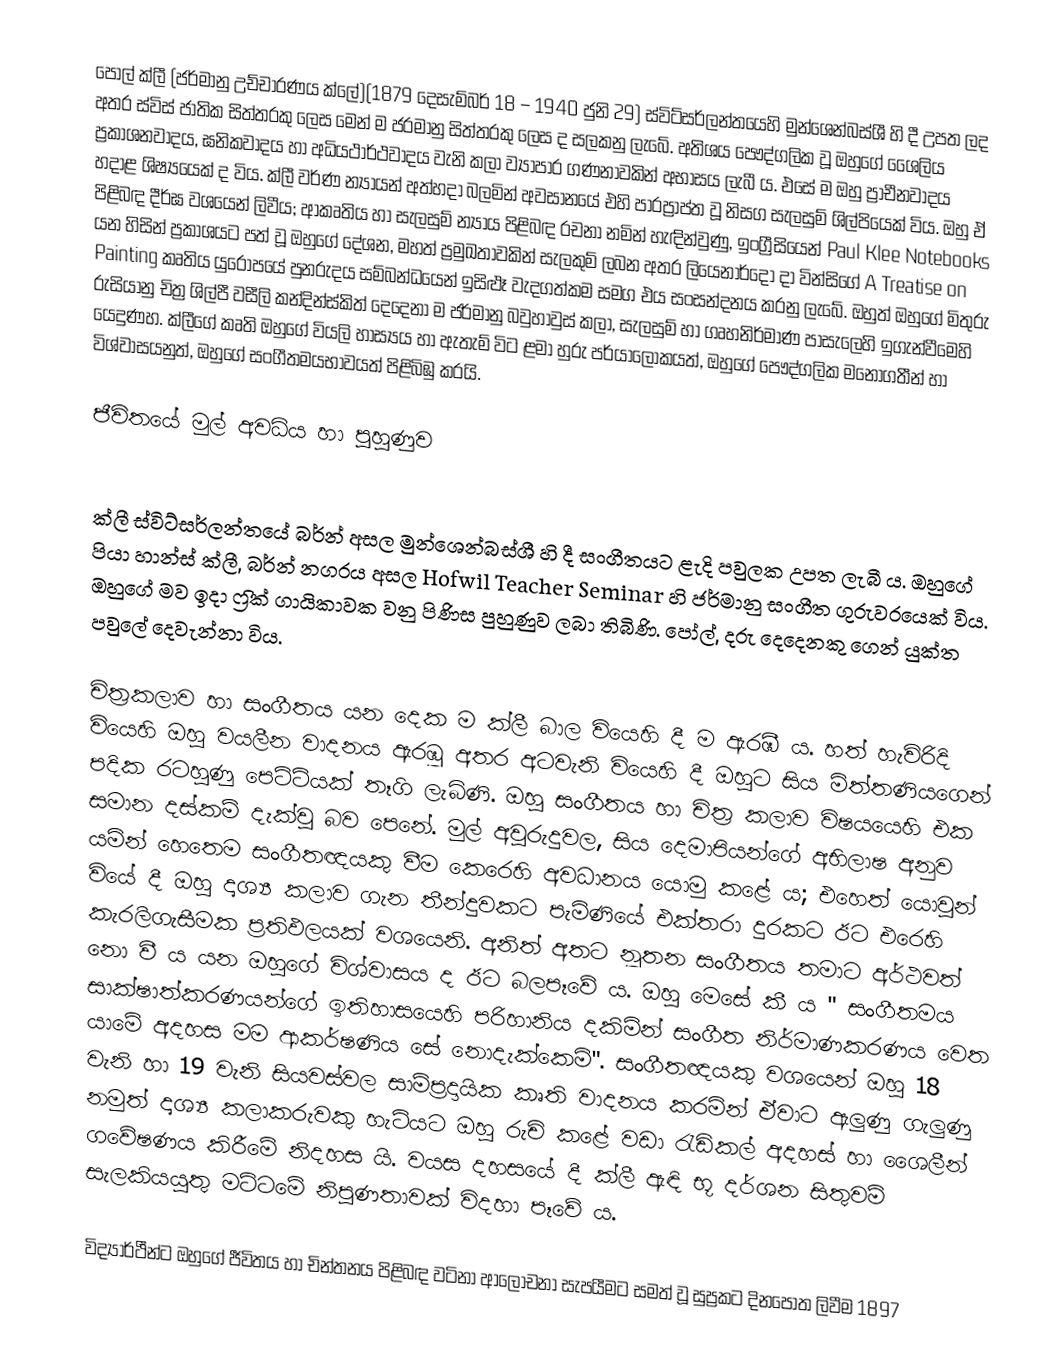
පෝල් ක්ලී (ජර්මානු උච්චාරණය ක්ලේ)(1879 දෙසැම්බර් 18 – 1940 ජුනි 29) ස්විට්සර්ලන්තයෙහි මුන්ශෙන්බස්ශී හි දී උපත ලද අතර ස්විස් ජාතික සිත්තරකු ලෙස මෙන් ම ජරමානු සිත්තරකු ලෙස ද සලකනු ලැබේ. අතිශය පෞද්ගලික වූ ඔහුගේ ශෛලිය ප්‍රකාශනවාදය, ඝනිකවාදය හා අධියථාර්ථවාදය වැනි කලා ව්‍යාපාර ගණනාවකින් අභාසය ලැබී ය. එසේ ම ඔහු ප්‍රාචීනවාදය හදාළ ශිෂ්‍යයෙක් ද විය. ක්ලී වර්ණ න්‍යායන් අත්හදා බලමින් අවසානයේ එහි පාරප්‍රාප්ත වූ නිසග සැලසුම් ශිල්පියෙක් විය. ඔහු ඒ පිළිබඳ දීර්ඝ වශයෙන් ලිවීය; ආකෘතිය හා සැලසුම් න්‍යාය පිළිබඳ රචනා නමින් හැඳින්වුණු, ඉංග්‍රීසියෙන් Paul Klee Notebooks යන හිසින් ප්‍රකාශයට පත් වූ ඔහුගේ දේශන, මහත් ප්‍රමුඛතාවකින් සැලකුම් ලබන අතර ලියෙනාර්දෝ දා වින්සිගේ A Treatise on Painting කෘතිය යුරෝපයේ පුනරුදය සම්බන්ධයෙන් ඉසිළූ වැදගත්කම සමග එය සංසන්දනය කරනු ලැබේ. ඔහුත් ඔහුගේ මිතුරු රුසියානු චිත්‍ර ශිල්පී වසීලි කන්දින්ස්කිත් දෙදෙනා ම ජර්මානු බවුහාවුස් කලා, සැලසුම් හා ගෘහනිර්මාණ පාසැලෙහි ඉගැන්වීමෙහි යෙදුණහ. ක්ලීගේ කෘති ඔහුගේ වියලි හාස්‍යය හා ඇතැම් විට ළමා හුරු පර්යාලෝකයත්, ඔහුගේ පෞද්ගලික මනෝගතීන් හා විශ්වාසයනුත්, ඔහුගේ සංගීතමයභාවයත් පිළිබිඹු කරයි.

ජීවිතයේ මුල් අවධිය හා පුහුණුව

ක්ලී ස්විට්සර්ලන්තයේ බර්න් අසල මුන්ශෙන්බස්ශී හි දී සංගීතයට ළැදි පවුලක උපත ලැබී ය. ඔහුගේ පියා හාන්ස් ක්ලී, බර්න් නගරය අසල Hofwil Teacher Seminar හි ජර්මානු සංගීත ගුරුවරයෙක් විය. ඔහුගේ මව ඉදා ෆ්‍රික් ගායිකාවක වනු පිණිස පුහුණුව ලබා තිබිණි. පෝල්, දරු දෙදෙනකු ගෙන් යුක්ත පවුලේ දෙවැන්නා විය.

චිත්‍රකලාව හා සංගීතය යන දෙක ම ක්ලී බාල වියෙහි දී ම ඇරඹී ය. හත් හැවිරිදි වියෙහි ඔහු වයලීන වාදනය ඇරඹූ අතර අටවැනි වියෙහි දී ඔහුට සිය මිත්තණියගෙන් පදික රටහුණු පෙට්ටියක් තෑගි ලැබිණි. ඔහු සංගීතය හා චිත්‍ර කලාව විෂයයෙහි එක සමාන දස්කම් දැක්වූ බව පෙනේ. මුල් අවුරුදුවල, සිය දෙමාපියන්ගේ අභිලාෂ අනුව යමින් හෙතෙම සංගීතඥයකු වීම කෙරෙහි අවධානය යොමු කළේ ය; එහෙත් යොවුන් වියේ දී ඔහු දෘශ්‍ය කලාව ගැන තීන්දුවකට පැමිණියේ එක්තරා දුරකට ඊට එරෙහි කැරලිගැසීමක ප්‍රතිඵලයක් වශයෙනි. අනිත් අතට නූතන සංගීතය තමාට අර්ථවත් නො වී ය යන ඔහුගේ විශ්වාසය ද ඊට බලපෑවේ ය. ඔහු මෙසේ කී ය " සංගීතමය සාක්ෂාත්කරණයන්ගේ ඉතිහාසයෙහි පරිහානිය දකිමින් සංගීත නිර්මාණකරණය වෙත යාමේ අදහස මම ආකර්ෂණිය සේ නොදැක්කෙමි". සංගීතඥයකු වශයෙන් ඔහු 18 වැනි හා 19 වැනි සියවස්වල සාම්ප්‍රදායික කෘති වාදනය කරමින් ඒවාට ඇලුණු ගැලුණු නමුත් දෘශ්‍ය කලාකරුවකු හැටියට ඔහු රුචි කළේ වඩා රැඩිකල් අදහස් හා ශෛලීන් ගවේෂණය කිරීමේ නිදහස යි. වයස දහසයේ දී ක්ලී ඇඳි භූ දර්ශන සිතුවම් සැලකියයුතු මට්ටමේ නිපුණතාවක් විදහා පෑවේ ය.

විද්‍යාර්ථීන්ට ඔහුගේ ජීවිතය හා චින්තනය පිළිබඳ වටිනා ආලෝචනා සැපයීමට සමත්   වූ සුප්‍රකට දිනපොත ලිවීම 1897